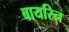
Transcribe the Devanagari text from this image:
बायरिन